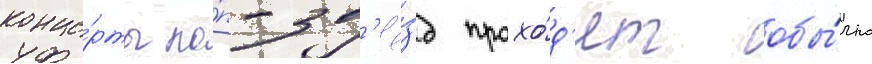
конце́рты по́п-зв'ё́зд прохо́д'ят обы́чно